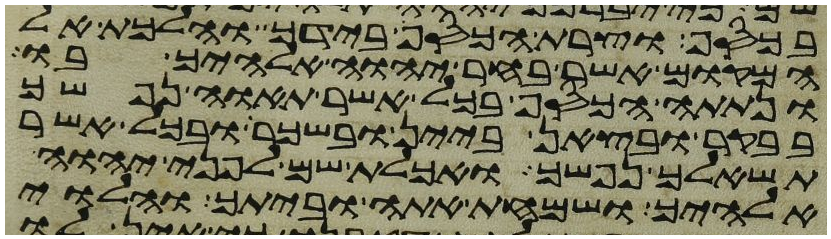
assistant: בכסף וצרת הכסף בידך והלכת אל
המקום אשר בחר יהוה אלהיך בו
ונתתה הכסף בכל אשר תאוה נפשך
בבקר ובצאן ביין ובשכר ובכל אשר
תשאלך נפשך ואכלת שם לפני יהוה
אלהיך ושמחת אתה וביתך והלוי